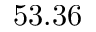
5 3 . 3 6